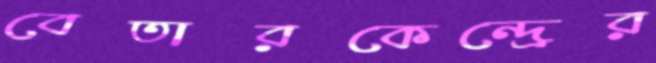
বেতারকেন্দ্রের